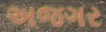
અજગર